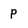
Character: P